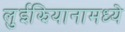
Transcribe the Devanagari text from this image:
लुईझियानामध्ये